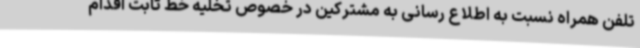
تلفن همراه نسبت به اطلاع رسانی به مشترکین در خصوص تخلیه خط ثابت اقدام